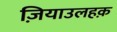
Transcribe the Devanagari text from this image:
ज़ियाउलहक़